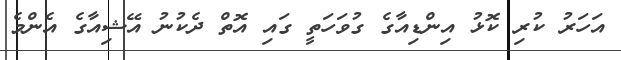
އަހަރު ކުރި ކޮޅު އިންޑިއާގެ ގުވަހަތީ ގައި އޮތް ދެކުނު އޭޝިއާގެ އެންމެ